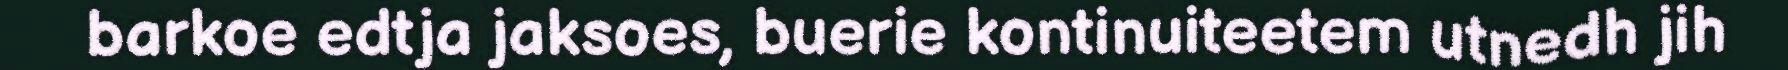
barkoe edtja jaksoes, buerie kontinuiteetem utnedh jih